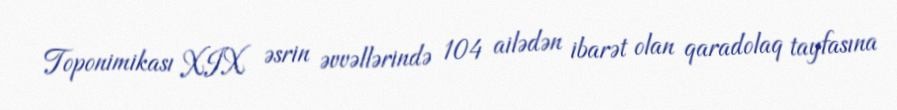
Toponimikası XIX əsrin əvvəllərində 104 ailədən ibarət olan qaradolaq tayfasına